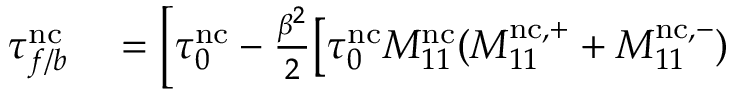
\begin{array} { r l } { \tau _ { f / b } ^ { \mathrm { n c } } } & { { } = \biggl [ \tau _ { 0 } ^ { \mathrm { n c } } - \frac { \beta ^ { 2 } } { 2 } \bigl [ \tau _ { 0 } ^ { \mathrm { n c } } M _ { 1 1 } ^ { \mathrm { n c } } ( M _ { 1 1 } ^ { \mathrm { n c } , + } + M _ { 1 1 } ^ { \mathrm { n c } , - } ) } \end{array}